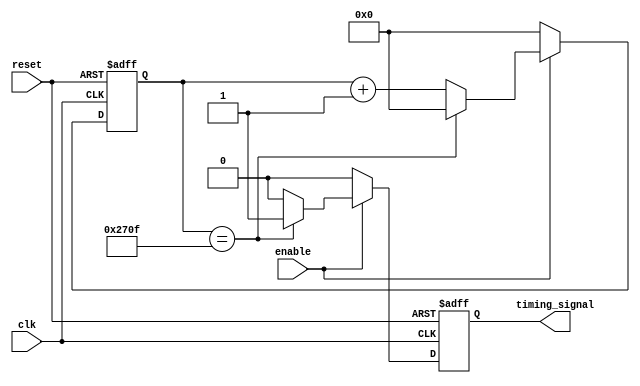
module TimerControl (
  input wire clk,
  input wire reset,
  input wire enable,
  output reg timing_signal
);

reg [31:0] count;
parameter PERIOD = 10000; // Period of the timer

always @(posedge clk or posedge reset) begin
  if (reset) begin
    count <= 0;
    timing_signal <= 0;
  end else begin
    if (enable) begin
      if (count == PERIOD - 1) begin
        count <= 0;
        timing_signal <= 1;
      end else begin
        count <= count + 1;
        timing_signal <= 0;
      end
    end else begin
      count <= 0;
      timing_signal <= 0;
    end
  end
end

endmodule